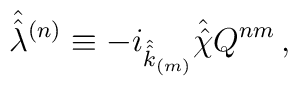
\hat{\hat{\lambda}}{}^{(n)} \equiv-i_{\hat{\hat{k}}_{\scriptscriptstyle (m)}}\hat{\hat{\chi}} Q^{nm} \, ,